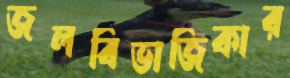
জলবিভাজিকার